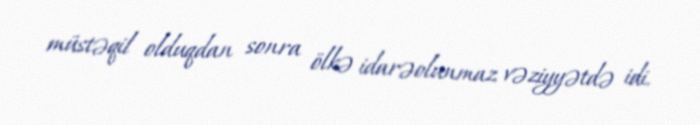
müstəqil olduqdan sonra ölkə idarəolunmaz vəziyyətdə idi.